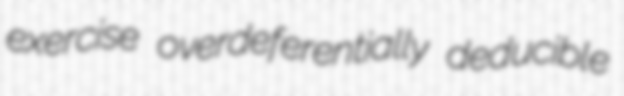
exercise overdeferentially deducible